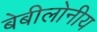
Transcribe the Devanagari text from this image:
बेबीलोनीय